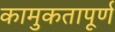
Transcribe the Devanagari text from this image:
कामुकतापूर्ण